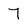
Character: 7